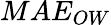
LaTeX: MAE_{OW}